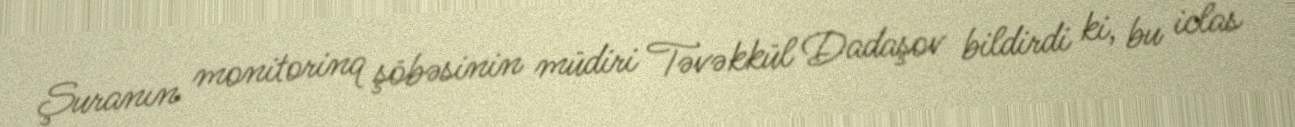
Şuranın monitorinq şöbəsinin müdiri Təvəkkül Dadaşov bildirdi ki, bu iclas